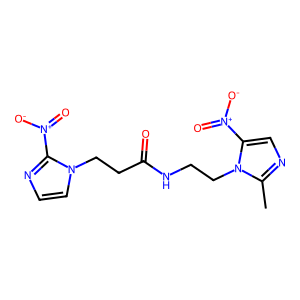
SMILES: Cc1ncc([N+](=O)[O-])n1CCNC(=O)CCn1ccnc1[N+](=O)[O-]
Inhibits HIV replication: No